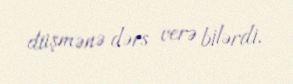
düşmənə dərs verə bilərdi.